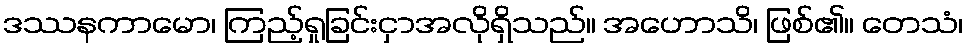
ဒဿနကာမော၊ ကြည့်ရှုခြင်းငှာအလိုရှိသည်။ အဟောသိ၊ ဖြစ်၏။ တေသံ၊